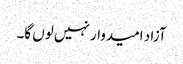
آزاد امیدوار نہیں لوں گا۔